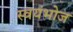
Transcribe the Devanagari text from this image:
स्वयंभोज